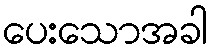
ပေးသောအခါ